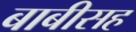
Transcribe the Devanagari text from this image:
बाबीसह